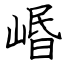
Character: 㟭